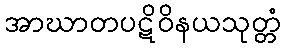
အာဃာတပဋိဝိနယသုတ္တံ